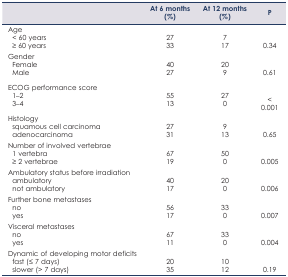
<table><thead><tr><td></td><td><b>At 6 months (%)</b></td><td><b>At 12 months (%)</b></td><td><b>P</b></td></tr></thead><tbody><tr><td>Age</td><td></td><td></td><td></td></tr><tr><td>&lt; 60 years</td><td>27</td><td>7</td><td></td></tr><tr><td>≥ 60 years</td><td>33</td><td>17</td><td>0.34</td></tr><tr><td>Gender</td><td></td><td></td><td></td></tr><tr><td>Female</td><td>40</td><td>20</td><td></td></tr><tr><td>Male</td><td>27</td><td>9</td><td>0.61</td></tr><tr><td>ECOG performance score</td><td></td><td></td><td></td></tr><tr><td>1–2</td><td>55</td><td>27</td><td></td></tr><tr><td>3–4</td><td>13</td><td>0</td><td>&lt;0.001</td></tr><tr><td>Histology</td><td></td><td></td><td></td></tr><tr><td>squamous cell carcinoma</td><td>27</td><td>9</td><td></td></tr><tr><td>adenocarcinoma</td><td>31</td><td>13</td><td>0.65</td></tr><tr><td>Number of involved vertebrae</td><td></td><td></td><td></td></tr><tr><td>1 vertebra</td><td>67</td><td>50</td><td></td></tr><tr><td>≥ 2 vertebrae</td><td>19</td><td>0</td><td>0.005</td></tr><tr><td>Ambulatory status before irradiation</td><td></td><td></td><td></td></tr><tr><td>ambulatory</td><td>40</td><td>20</td><td></td></tr><tr><td>not ambulatory</td><td>17</td><td>0</td><td>0.006</td></tr><tr><td>Further bone metastases</td><td></td><td></td><td></td></tr><tr><td>no</td><td>56</td><td>33</td><td></td></tr><tr><td>yes</td><td>17</td><td>0</td><td>0.007</td></tr><tr><td>Visceral metastases</td><td></td><td></td><td></td></tr><tr><td>no</td><td>67</td><td>33</td><td></td></tr><tr><td>yes</td><td>11</td><td>0</td><td>0.004</td></tr><tr><td>Dynamic of developing motor deficits</td><td></td><td></td><td></td></tr><tr><td>fast (≤ 7 days)</td><td>20</td><td>10</td><td></td></tr><tr><td>slower (&gt; 7 days)</td><td>35</td><td>12</td><td>0.19</td></tr></tbody></table>